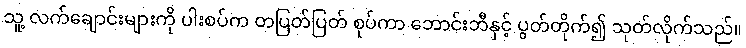
သူ့ လက်ချောင်းများကို ပါးစပ်က တပြတ်ပြတ် စုပ်ကာ ဘောင်းဘီနှင့် ပွတ်တိုက်၍ သုတ်လိုက်သည်။